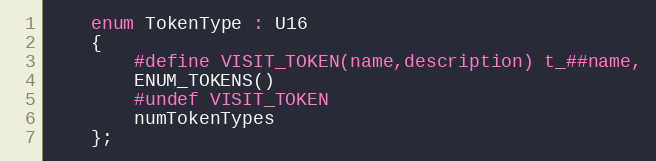
Language: C
	enum TokenType : U16
	{
		#define VISIT_TOKEN(name,description) t_##name,
		ENUM_TOKENS()
		#undef VISIT_TOKEN
		numTokenTypes
	};